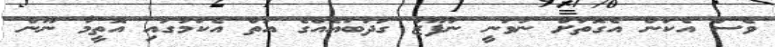
ވެސް އެކަން އެގޮތަށް ނުވަނީ ނުފޫޒު ގަދަބައެއްގެ އަތް އެކަމުގައި އޮތީމާ ނޫން